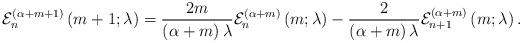
LaTeX: \begin{align*}\mathcal{E}_{n}^{\left( \alpha+m+1\right) }\left( m+1;\lambda\right)=\frac{2m}{\left( \alpha+m\right) \lambda}\mathcal{E}_{n}^{\left(\alpha+m\right) }\left( m;\lambda\right) -\frac{2}{\left( \alpha+m\right)\lambda}\mathcal{E}_{n+1}^{\left( \alpha+m\right) }\left( m;\lambda\right). \end{align*}